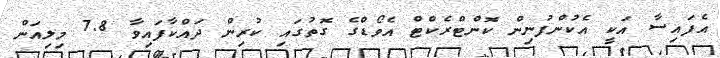
އެފައިސާ އަކީ އެކުންފުނިން ކޮންޓްރެކްޓް އެވޯޑްގެ ގޮތުގައި ކުރިން ދައްކާފައިވާ 7.8 މިލިއަން